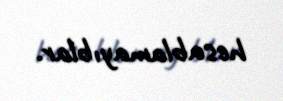
hesablamayıblar.